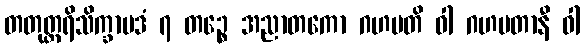
တတုတ္တရိသိက္ခာပဒံ ၇ တဉ္စေ အညာတကော ဂဟပတိ ဝါ ဂဟပတာနီ ဝါ